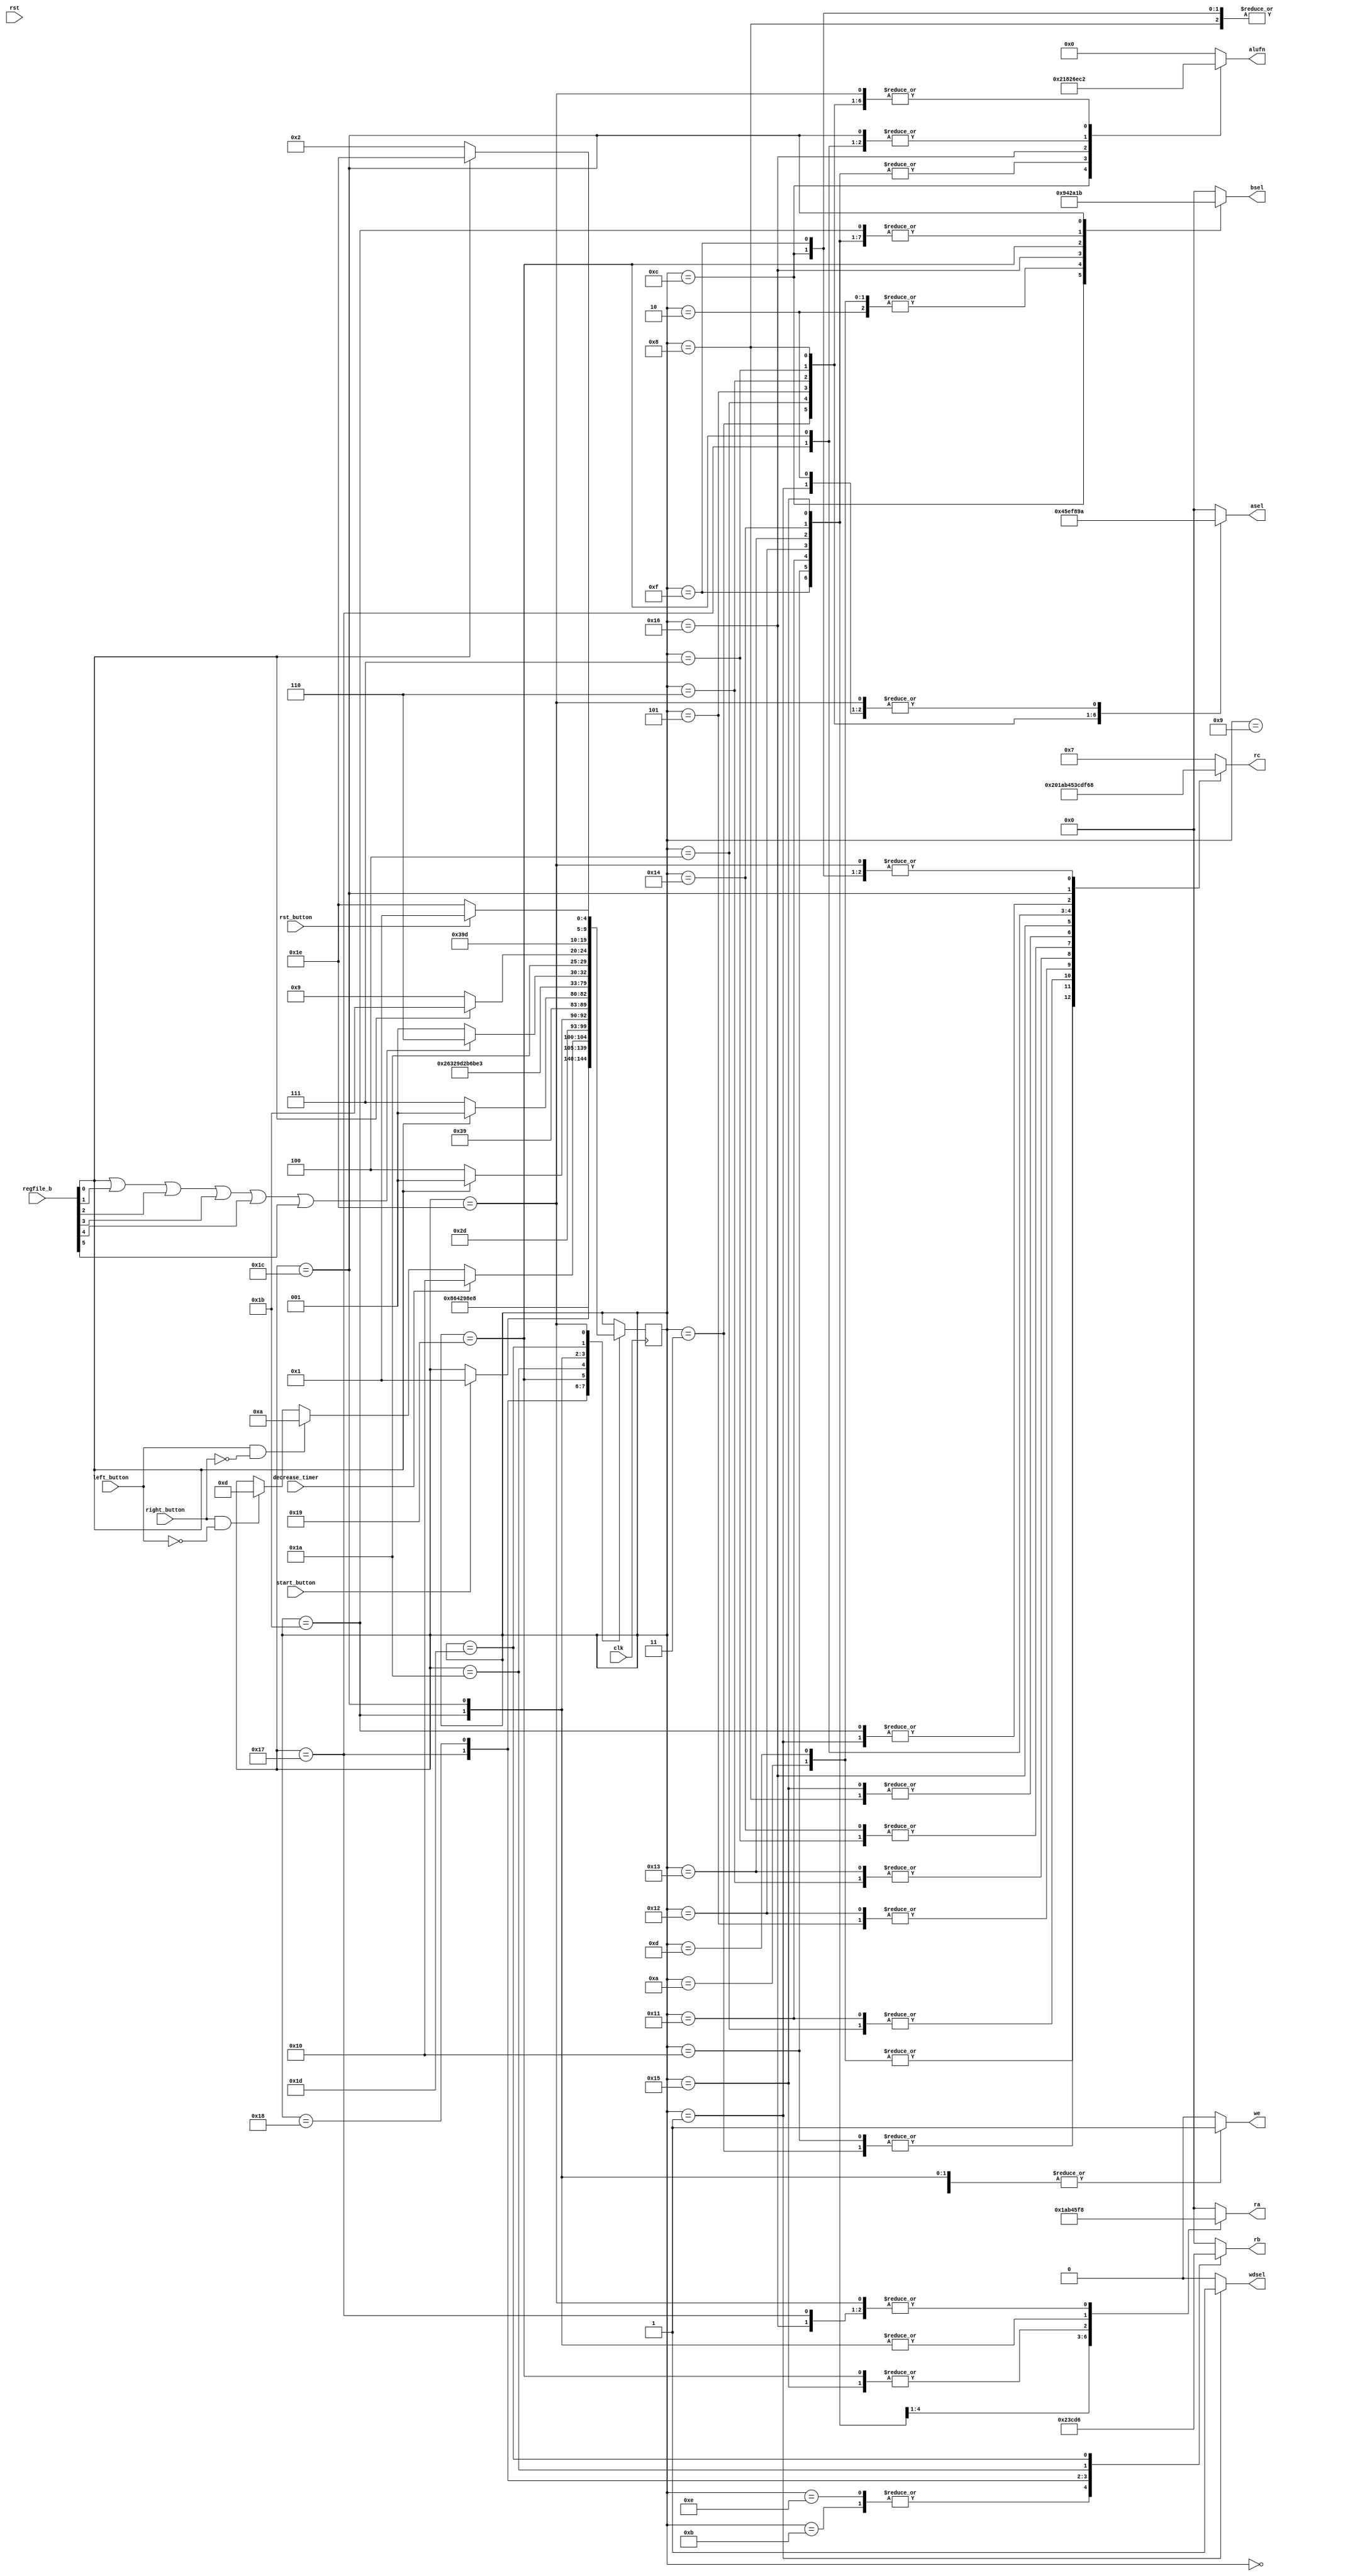
/*
   This file was generated automatically by Alchitry Labs version 1.2.1.
   Do not edit this file directly. Instead edit the original Lucid source.
   This is a temporary file and any changes made to it will be destroyed.
*/

module game_CU_15 (
    input clk,
    input rst,
    input decrease_timer,
    input [15:0] regfile_b,
    input left_button,
    input right_button,
    input rst_button,
    input start_button,
    output reg [0:0] we,
    output reg [0:0] wdsel,
    output reg [3:0] asel,
    output reg [3:0] bsel,
    output reg [5:0] alufn,
    output reg [3:0] ra,
    output reg [3:0] rb,
    output reg [3:0] rc
  );
  
  
  
  localparam START_game_fsm = 5'd0;
  localparam SET_SCORE_game_fsm = 5'd1;
  localparam INITIALISE_PLAYER_POSITION_game_fsm = 5'd2;
  localparam INITIALISE_MAP_COL_0_game_fsm = 5'd3;
  localparam INITIALISE_MAP_COL_1_game_fsm = 5'd4;
  localparam INITIALISE_MAP_COL_2_game_fsm = 5'd5;
  localparam INITIALISE_MAP_COL_3_game_fsm = 5'd6;
  localparam INITIALISE_MAP_COL_4_game_fsm = 5'd7;
  localparam INITIALISE_MAP_COL_5_game_fsm = 5'd8;
  localparam IDLE_game_fsm = 5'd9;
  localparam CHECK_LEFT_BOUNDARY_game_fsm = 5'd10;
  localparam BRANCH_LEFT_game_fsm = 5'd11;
  localparam SHIFT_PLAYER_LEFT_game_fsm = 5'd12;
  localparam CHECK_RIGHT_BOUNDARY_game_fsm = 5'd13;
  localparam BRANCH_RIGHT_game_fsm = 5'd14;
  localparam SHIFT_PLAYER_RIGHT_game_fsm = 5'd15;
  localparam SHIFT_COL_0_game_fsm = 5'd16;
  localparam SHIFT_COL_1_game_fsm = 5'd17;
  localparam SHIFT_COL_2_game_fsm = 5'd18;
  localparam SHIFT_COL_3_game_fsm = 5'd19;
  localparam SHIFT_COL_4_game_fsm = 5'd20;
  localparam SHIFT_COL_5_game_fsm = 5'd21;
  localparam SHIFT_COLS_game_fsm = 5'd22;
  localparam GET_PLAYER_POS_game_fsm = 5'd23;
  localparam CHECK_PLAYER_POS_game_fsm = 5'd24;
  localparam CHECK_REMAINING_MAP_LENGTH_game_fsm = 5'd25;
  localparam BRANCH_MAPLENGTH_game_fsm = 5'd26;
  localparam INCREASE_SCORE_game_fsm = 5'd27;
  localparam CHECK_SCORE_game_fsm = 5'd28;
  localparam BRANCH_SCORE_game_fsm = 5'd29;
  localparam GAME_OVER_game_fsm = 5'd30;
  
  reg [4:0] M_game_fsm_d, M_game_fsm_q = START_game_fsm;
  
  always @* begin
    M_game_fsm_d = M_game_fsm_q;
    
    we = 1'h0;
    wdsel = 1'h0;
    asel = 1'h0;
    bsel = 1'h0;
    alufn = 1'h0;
    ra = 1'h0;
    rb = 1'h0;
    rc = 11'h457;
    
    case (M_game_fsm_q)
      START_game_fsm: begin
        if (start_button) begin
          M_game_fsm_d = SET_SCORE_game_fsm;
        end
      end
      SET_SCORE_game_fsm: begin
        we = 1'h1;
        wdsel = 1'h1;
        asel = 4'ha;
        alufn = 14'h2b02;
        rc = 7'h6f;
        M_game_fsm_d = INITIALISE_PLAYER_POSITION_game_fsm;
      end
      INITIALISE_PLAYER_POSITION_game_fsm: begin
        we = 1'h1;
        wdsel = 1'h0;
        asel = 4'ha;
        bsel = 7'h64;
        alufn = 1'h0;
        rc = 10'h3e8;
        M_game_fsm_d = INITIALISE_MAP_COL_0_game_fsm;
      end
      INITIALISE_MAP_COL_0_game_fsm: begin
        we = 1'h1;
        wdsel = 1'h0;
        asel = 7'h64;
        alufn = 14'h2b02;
        rc = 1'h0;
        M_game_fsm_d = INITIALISE_MAP_COL_1_game_fsm;
      end
      INITIALISE_MAP_COL_1_game_fsm: begin
        we = 1'h1;
        wdsel = 1'h0;
        asel = 7'h65;
        alufn = 14'h2b02;
        rc = 1'h1;
        M_game_fsm_d = INITIALISE_MAP_COL_2_game_fsm;
      end
      INITIALISE_MAP_COL_2_game_fsm: begin
        we = 1'h1;
        wdsel = 1'h0;
        asel = 7'h6e;
        alufn = 14'h2b02;
        rc = 4'ha;
        M_game_fsm_d = INITIALISE_MAP_COL_3_game_fsm;
      end
      INITIALISE_MAP_COL_3_game_fsm: begin
        we = 1'h1;
        wdsel = 1'h0;
        asel = 7'h6f;
        alufn = 14'h2b02;
        rc = 4'hb;
        M_game_fsm_d = INITIALISE_MAP_COL_4_game_fsm;
      end
      INITIALISE_MAP_COL_4_game_fsm: begin
        we = 1'h1;
        wdsel = 1'h0;
        asel = 10'h3e8;
        alufn = 14'h2b02;
        rc = 7'h64;
        M_game_fsm_d = INITIALISE_MAP_COL_5_game_fsm;
      end
      INITIALISE_MAP_COL_5_game_fsm: begin
        we = 1'h1;
        wdsel = 1'h0;
        asel = 10'h3e9;
        alufn = 14'h2b02;
        rc = 7'h65;
        M_game_fsm_d = IDLE_game_fsm;
      end
      IDLE_game_fsm: begin
        we = 1'h0;
        wdsel = 1'h0;
        if (decrease_timer) begin
          M_game_fsm_d = SHIFT_COL_0_game_fsm;
        end else begin
          if (left_button && ~right_button) begin
            M_game_fsm_d = CHECK_LEFT_BOUNDARY_game_fsm;
          end else begin
            if (right_button && ~left_button) begin
              M_game_fsm_d = CHECK_RIGHT_BOUNDARY_game_fsm;
            end
          end
        end
      end
      CHECK_LEFT_BOUNDARY_game_fsm: begin
        we = 1'h1;
        wdsel = 1'h0;
        asel = 1'h0;
        bsel = 7'h64;
        alufn = 17'h1adbb;
        ra = 10'h3e8;
        rc = 10'h3f2;
        M_game_fsm_d = BRANCH_LEFT_game_fsm;
      end
      BRANCH_LEFT_game_fsm: begin
        rb = 10'h3f2;
        if (regfile_b[0+0-:1] == 1'h0) begin
          M_game_fsm_d = SHIFT_PLAYER_LEFT_game_fsm;
        end else begin
          if (regfile_b[0+0-:1] == 1'h1) begin
            M_game_fsm_d = IDLE_game_fsm;
          end
        end
      end
      SHIFT_PLAYER_LEFT_game_fsm: begin
        we = 1'h1;
        wdsel = 1'h0;
        asel = 1'h0;
        bsel = 10'h3e9;
        alufn = 17'h186a1;
        ra = 10'h3e8;
        rc = 10'h3e8;
        M_game_fsm_d = IDLE_game_fsm;
      end
      CHECK_RIGHT_BOUNDARY_game_fsm: begin
        we = 1'h1;
        wdsel = 1'h0;
        asel = 1'h0;
        bsel = 7'h64;
        alufn = 17'h1adbb;
        ra = 10'h3e8;
        rc = 10'h3f2;
        M_game_fsm_d = BRANCH_RIGHT_game_fsm;
      end
      BRANCH_RIGHT_game_fsm: begin
        rb = 10'h3f2;
        if (regfile_b[0+0-:1] == 1'h0) begin
          M_game_fsm_d = SHIFT_PLAYER_RIGHT_game_fsm;
        end else begin
          if (regfile_b[0+0-:1] == 1'h1) begin
            M_game_fsm_d = IDLE_game_fsm;
          end
        end
      end
      SHIFT_PLAYER_RIGHT_game_fsm: begin
        we = 1'h1;
        wdsel = 1'h0;
        asel = 1'h0;
        bsel = 1'h1;
        alufn = 17'h186a0;
        ra = 10'h3e8;
        rc = 10'h3e8;
        M_game_fsm_d = IDLE_game_fsm;
      end
      SHIFT_COL_0_game_fsm: begin
        we = 1'h1;
        wdsel = 1'h0;
        asel = 1'h0;
        bsel = 1'h1;
        alufn = 17'h186a0;
        ra = 1'h0;
        rc = 1'h0;
        M_game_fsm_d = SHIFT_COL_1_game_fsm;
      end
      SHIFT_COL_1_game_fsm: begin
        we = 1'h1;
        wdsel = 1'h0;
        asel = 1'h0;
        bsel = 1'h1;
        alufn = 17'h186a0;
        ra = 1'h1;
        rc = 1'h1;
        M_game_fsm_d = SHIFT_COL_2_game_fsm;
      end
      SHIFT_COL_2_game_fsm: begin
        we = 1'h1;
        wdsel = 1'h0;
        asel = 1'h0;
        bsel = 1'h1;
        alufn = 17'h186a0;
        ra = 4'ha;
        rc = 4'ha;
        M_game_fsm_d = SHIFT_COL_3_game_fsm;
      end
      SHIFT_COL_3_game_fsm: begin
        we = 1'h1;
        wdsel = 1'h0;
        asel = 1'h0;
        bsel = 1'h1;
        alufn = 17'h186a0;
        ra = 4'hb;
        rc = 4'hb;
        M_game_fsm_d = SHIFT_COL_4_game_fsm;
      end
      SHIFT_COL_4_game_fsm: begin
        we = 1'h1;
        wdsel = 1'h0;
        asel = 1'h0;
        bsel = 1'h1;
        alufn = 17'h186a0;
        ra = 7'h64;
        rc = 7'h64;
        M_game_fsm_d = SHIFT_COL_5_game_fsm;
      end
      SHIFT_COL_5_game_fsm: begin
        we = 1'h1;
        wdsel = 1'h0;
        asel = 1'h0;
        bsel = 1'h1;
        alufn = 17'h186a0;
        ra = 7'h65;
        rc = 7'h65;
        M_game_fsm_d = SHIFT_COLS_game_fsm;
      end
      SHIFT_COLS_game_fsm: begin
        we = 1'h1;
        wdsel = 1'h0;
        asel = 1'h0;
        bsel = 10'h3f2;
        alufn = 14'h2b66;
        ra = 10'h3e8;
        rc = 10'h3f3;
        M_game_fsm_d = GET_PLAYER_POS_game_fsm;
      end
      GET_PLAYER_POS_game_fsm: begin
        we = 1'h1;
        wdsel = 1'h0;
        asel = 1'h0;
        bsel = 1'h0;
        alufn = 17'h1adbb;
        ra = 10'h3e8;
        rb = 10'h3f3;
        rc = 11'h44c;
        M_game_fsm_d = CHECK_PLAYER_POS_game_fsm;
      end
      CHECK_PLAYER_POS_game_fsm: begin
        rb = 11'h44c;
        if (regfile_b[0+0-:1] == 1'h1 || regfile_b[1+0-:1] == 1'h1 || regfile_b[2+0-:1] == 1'h1 || regfile_b[3+0-:1] == 1'h1 || regfile_b[4+0-:1] == 1'h1 || regfile_b[5+0-:1] == 1'h1) begin
          M_game_fsm_d = GAME_OVER_game_fsm;
        end else begin
          M_game_fsm_d = CHECK_REMAINING_MAP_LENGTH_game_fsm;
        end
      end
      CHECK_REMAINING_MAP_LENGTH_game_fsm: begin
        we = 1'h1;
        wdsel = 1'h0;
        asel = 1'h0;
        bsel = 4'ha;
        alufn = 17'h1adbb;
        ra = 7'h65;
        rc = 11'h44d;
        M_game_fsm_d = BRANCH_MAPLENGTH_game_fsm;
      end
      BRANCH_MAPLENGTH_game_fsm: begin
        rb = 11'h44d;
        if (~regfile_b[0+0-:1]) begin
          M_game_fsm_d = IDLE_game_fsm;
        end else begin
          M_game_fsm_d = INCREASE_SCORE_game_fsm;
        end
      end
      INCREASE_SCORE_game_fsm: begin
        we = 1'h1;
        wdsel = 1'h0;
        asel = 1'h0;
        bsel = 1'h1;
        alufn = 1'h0;
        ra = 7'h6f;
        rc = 7'h6f;
        M_game_fsm_d = CHECK_SCORE_game_fsm;
      end
      CHECK_SCORE_game_fsm: begin
        we = 1'h1;
        wdsel = 1'h0;
        asel = 1'h0;
        bsel = 4'hb;
        alufn = 17'h1adbb;
        ra = 7'h6f;
        rc = 11'h456;
        M_game_fsm_d = BRANCH_SCORE_game_fsm;
      end
      BRANCH_SCORE_game_fsm: begin
        rb = 11'h456;
        if (~regfile_b[0+0-:1]) begin
          M_game_fsm_d = INITIALISE_PLAYER_POSITION_game_fsm;
        end else begin
          M_game_fsm_d = GAME_OVER_game_fsm;
        end
      end
      GAME_OVER_game_fsm: begin
        we = 1'h0;
        wdsel = 1'h0;
        asel = 4'ha;
        alufn = 14'h2b02;
        ra = 10'h3e8;
        rc = 10'h3e8;
        if (rst_button) begin
          M_game_fsm_d = SET_SCORE_game_fsm;
        end else begin
          M_game_fsm_d = GAME_OVER_game_fsm;
        end
      end
    endcase
  end
  
  always @(posedge clk) begin
    M_game_fsm_q <= M_game_fsm_d;
  end
  
endmodule